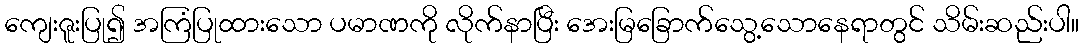
ကျေးဇူးပြု၍ အကြံပြုထားသော ပမာဏကို လိုက်နာပြီး အေးမြခြောက်သွေ့သောနေရာတွင် သိမ်းဆည်းပါ။